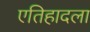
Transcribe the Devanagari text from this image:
एतिहादला